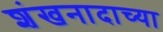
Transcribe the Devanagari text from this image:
शंखनादाच्या